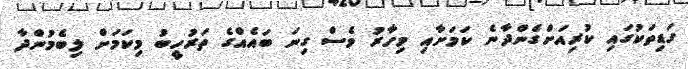
ގަޑިތަކުގައި ކުރިއަށްގެންދާނެ ކަމަށާއި މިހާރު ވެސް ގިނަ ބައެއްގެ ތަރުހީބު މިކަމަށް ލިބެމުންދާ